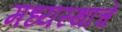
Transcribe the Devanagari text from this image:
मध्यस्थाचे